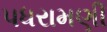
પધરામણી